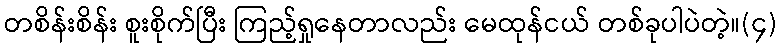
တစိန်းစိန်း စူးစိုက်ပြီး ကြည့်ရှုနေတာလည်း မေထုန်ငယ် တစ်ခုပါပဲတဲ့။(၄)